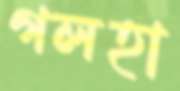
গলহা